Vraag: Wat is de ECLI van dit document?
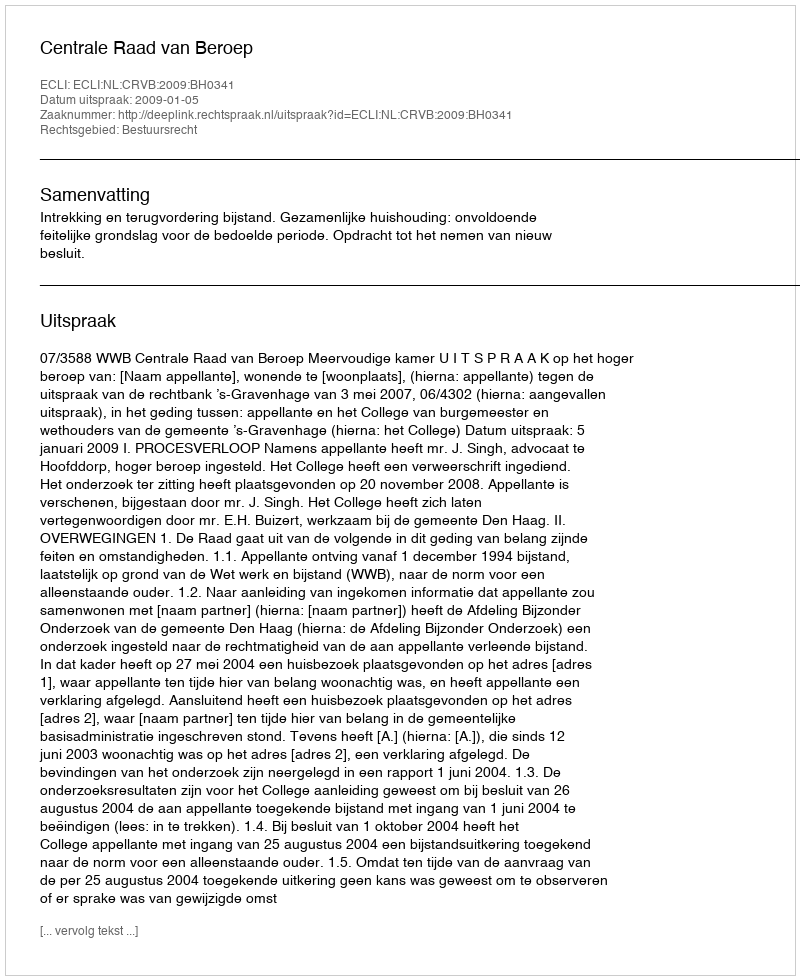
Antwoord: ECLI:NL:CRVB:2009:BH0341